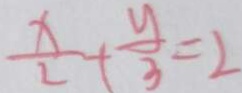
\frac { x } { 2 } + \frac { y } { 3 } = 2